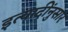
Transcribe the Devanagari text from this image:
इत्यादींनुसार